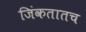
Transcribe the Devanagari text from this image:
जिंकतातच